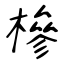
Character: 槮